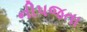
નીપજતા